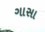
ગાસા